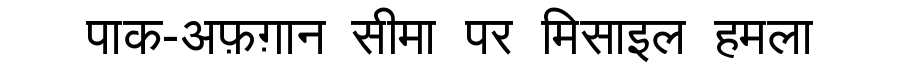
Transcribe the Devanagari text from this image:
पाक-अफ़ग़ान सीमा पर मिसाइल हमला